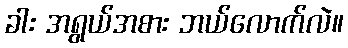
ခါး အရွယ်အစား ဘယ်လောက်လဲ။